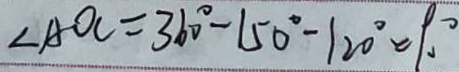
\angle A O C = 3 6 0 ^ { \circ } - 1 5 0 ^ { \circ } - 1 2 0 ^ { \circ } = 9 0 ^ { \circ }